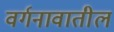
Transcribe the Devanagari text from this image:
वर्गनावातील